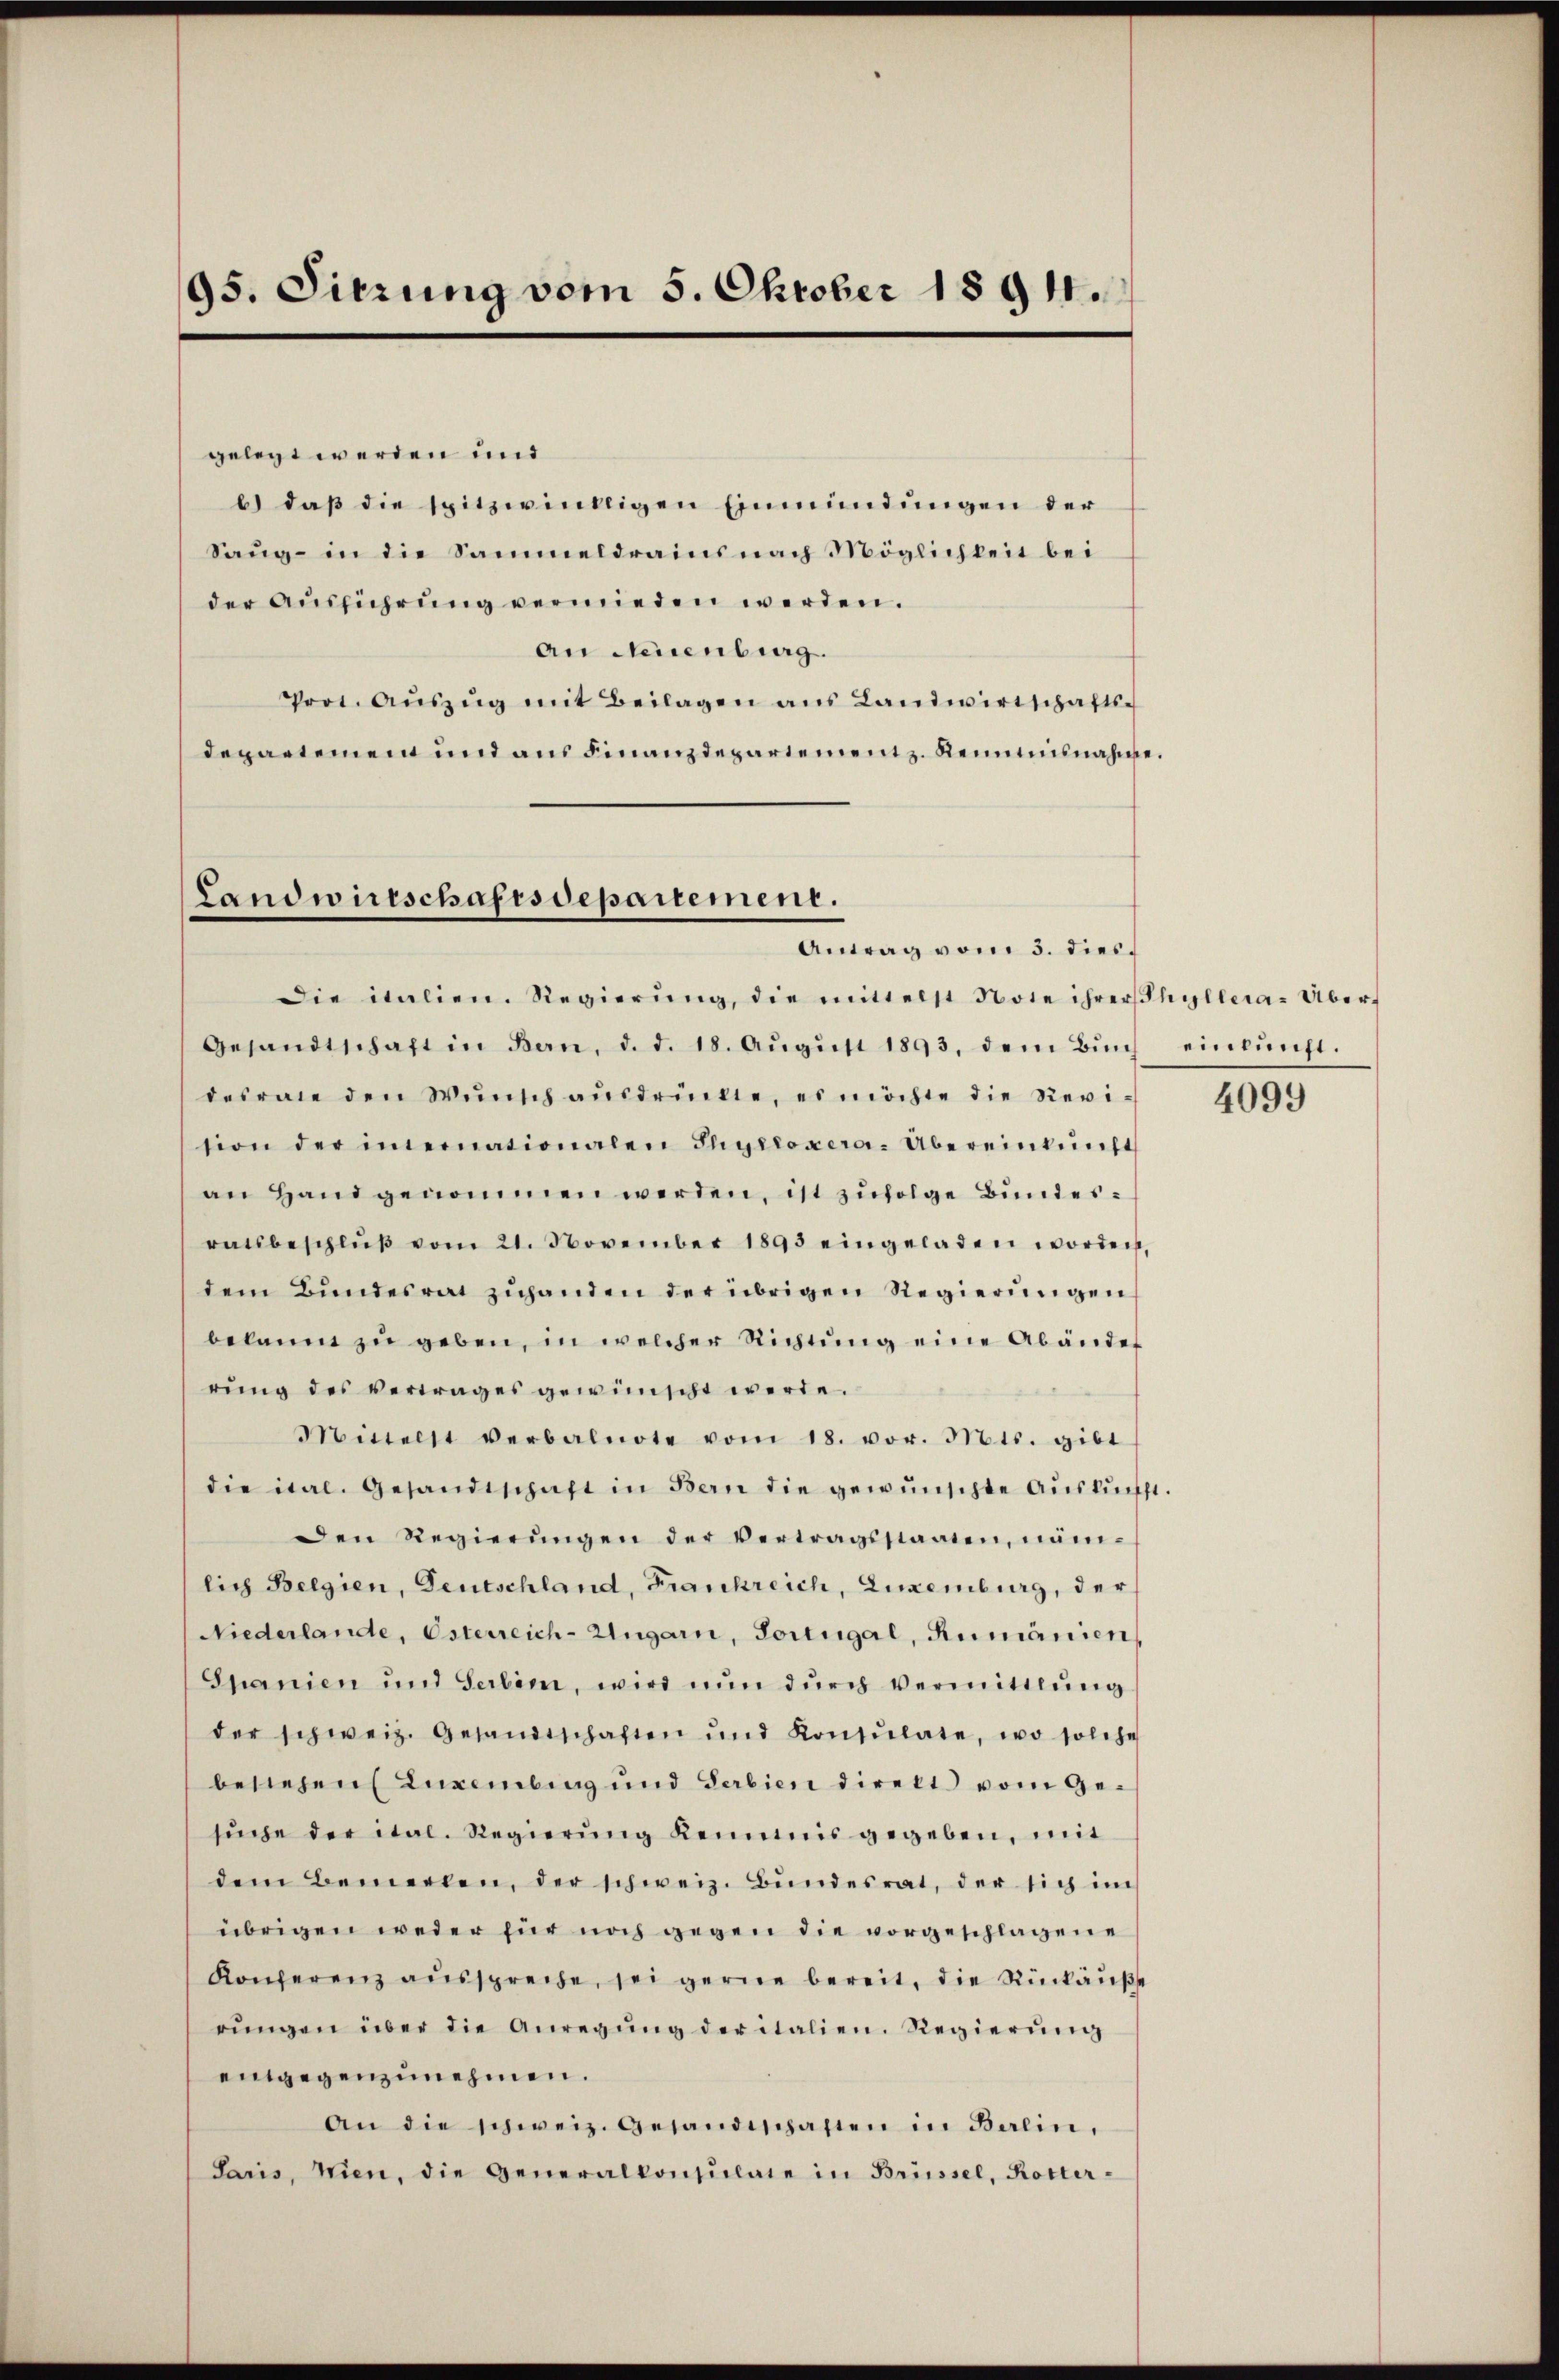
95. Sierung vom 5. Oktober 1894.

gelegt werden und
b) daß die spitzwilligen Einmündungen der
Saug - in die Sammeldrains nach Möglichkeit bei
der Ausführung vermieden werden.
an Neuenburg.
Prot. Aŭszŭg mit Beilagen ans Landwirtschafts-
departement und ans Finanzdepartement z. Reinausnahme.

Landwirtschaftsdepartement.
Antrag vom 5. dies

Die italien. Regierŭng, die mittelst Note ihrershyllera. Über¬
Gesandtschaft in Bern, d. d. 18. Aŭgŭst 1893, dem Bŭnd einlŭnft.
desrate den Wŭnsch aŭsdrückte, es möchte die Revi-
tion der imernationalen Shyeropera-Übereinkunft
an Hand genommen werden, ist zufolge Bundes:
ratsbeschlŭβ vom 21. November 1895 eingeladen worden,
dem Bŭndesrat zŭhanden der übrigen Regierungen
bekannt zu geben, in welcher Richtung eine Abänder
rŭng des Vertrages gewünscht werde.
Mittelst verbalnote vom 18. vor. Mts. gibt
die ital. Gesandtschaft in Bern die gewünschte Aŭskŭnft.
Den Regierŭngen der Vertragsstaaten, näm-
lich Belgien, Deutschland, Frankreich, Luxenburg, der
Niederlande, Osterreich-Ungarn, Fortugal, Rumänien,
Spanien und Serben, wird nŭn dŭrch Vermittlung
der schweiz. Gesandtschaften und Konsulate, wo solche
bestehen Luxenburg und darbien direkt vom Gesŭche der ital. Regierŭng kemmnis gegeben, mit
dem Bemerken, der schweiz. Bŭndesrat, der sich im
übrigen weder für noch gegen die vorgeschlagene
Konferenz aŭsspreche, sei gerne bereit, die Rückäŭβe
rŭngen über die Anregŭng der italien. Regierŭng
eingegenzunehmen.
an die schweiz. Gesandtschaften in Balin,
Saris, Wien, die Generalkonsulate in Brüssel, Rotter-

4099